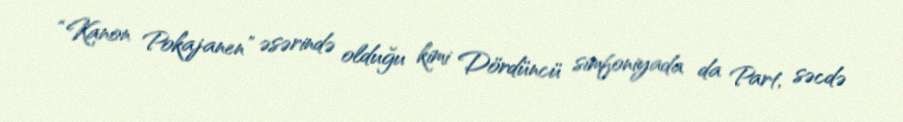
“Kanon Pokajanen” əsərində olduğu kimi Dördüncü simfoniyada da Part, səcdə